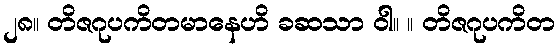
၂၈။ တိဇဂုပကိတမာနေဟိ ခဆသာ ဝါ။ ။ တိဇဂုပကိတ